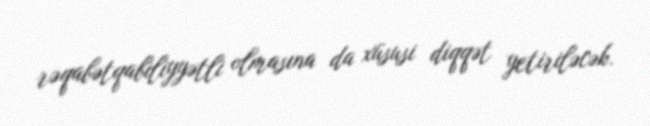
rəqabətqabiliyyətli olmasına da xüsusi diqqət yetiriləcək.